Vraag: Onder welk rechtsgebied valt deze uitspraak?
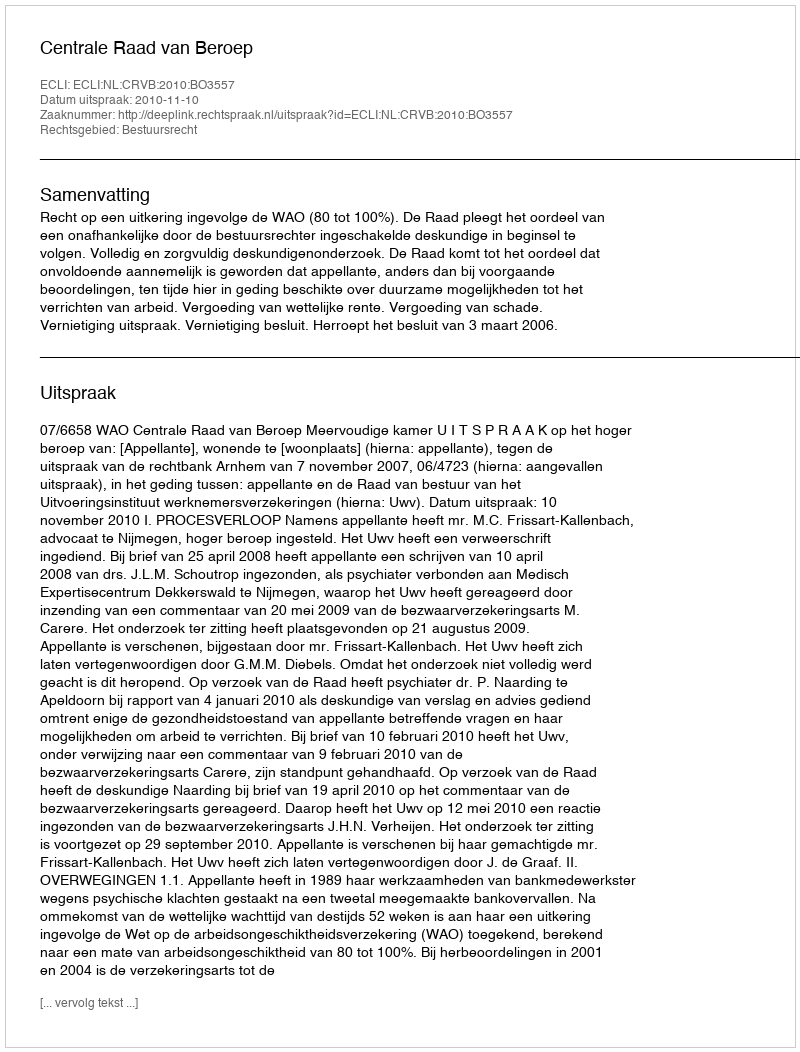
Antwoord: Bestuursrecht